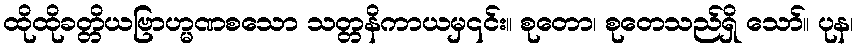
ထိုထိုခတ္တိယဗြာဟ္မဏစသော သတ္တနိကာယမှ၎င်း။ စုတော၊ စုတေသည်ရှိ သော်။ ပုန၊